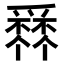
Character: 𤔹